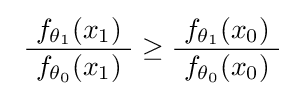
\ {\frac {f_{\theta _{1}}(x_{1})}{\ f_{\theta _{0}}(x_{1})\ }}\geq {\frac {\ f_{\theta _{1}}(x_{0})\ }{f_{\theta _{0}}(x_{0})}}\